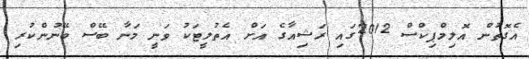
އެގޮތުން އޮލިމްޕިކްސް 2012ގައި ރަޝިއާގެ އަށް އެތުލީޓަކު ވަނީ މަނާ ބޭސް ބޭނުންކުރި